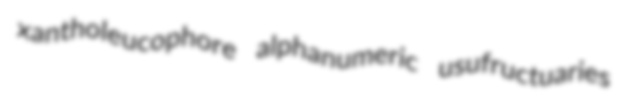
xantholeucophore alphanumeric usufructuaries